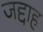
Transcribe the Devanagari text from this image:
जद्दाह